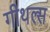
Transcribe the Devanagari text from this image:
गीथल्स